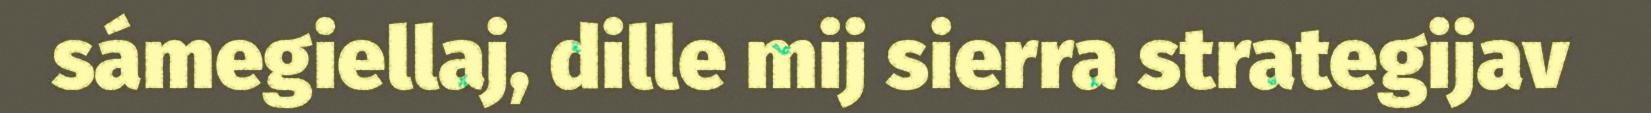
sámegiellaj, dille mij sierra strategijav